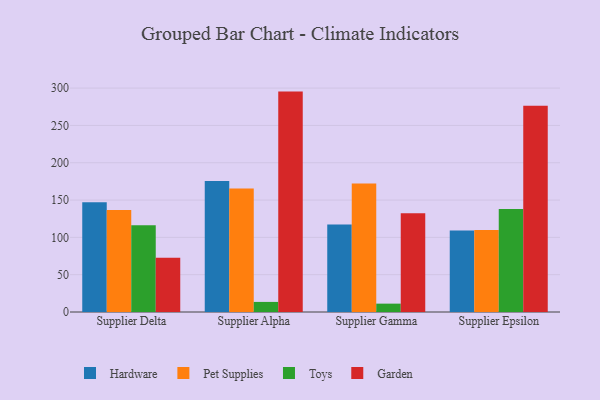
{"axis": {"x": "Supplier", "y": "Customer Acquisition Cost (USD)"}, "legend": ["Garden", "Hardware", "Pet Supplies", "Toys"], "data": [{"x": "Supplier Delta", "y": 146.9, "type": "Hardware"}, {"x": "Supplier Delta", "y": 136.5, "type": "Pet Supplies"}, {"x": "Supplier Delta", "y": 116.3, "type": "Toys"}, {"x": "Supplier Delta", "y": 72.6, "type": "Garden"}, {"x": "Supplier Alpha", "y": 175.6, "type": "Hardware"}, {"x": "Supplier Alpha", "y": 165.5, "type": "Pet Supplies"}, {"x": "Supplier Alpha", "y": 13.5, "type": "Toys"}, {"x": "Supplier Alpha", "y": 295.3, "type": "Garden"}, {"x": "Supplier Gamma", "y": 117.1, "type": "Hardware"}, {"x": "Supplier Gamma", "y": 172.2, "type": "Pet Supplies"}, {"x": "Supplier Gamma", "y": 11.2, "type": "Toys"}, {"x": "Supplier Gamma", "y": 132.4, "type": "Garden"}, {"x": "Supplier Epsilon", "y": 109.3, "type": "Hardware"}, {"x": "Supplier Epsilon", "y": 109.7, "type": "Pet Supplies"}, {"x": "Supplier Epsilon", "y": 137.9, "type": "Toys"}, {"x": "Supplier Epsilon", "y": 276.2, "type": "Garden"}]}